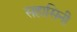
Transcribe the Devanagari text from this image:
सहासिनी